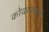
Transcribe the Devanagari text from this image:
कोवाककई